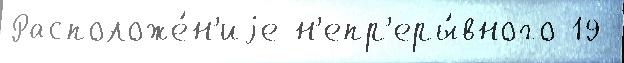
Расположе́н'иjе н'епр'еры́вного 19